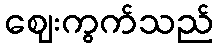
ဈေးကွက်သည်